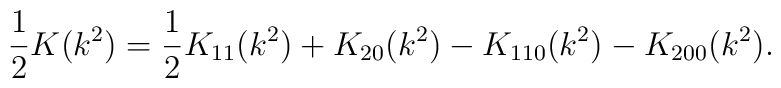
\frac{1}{2} K(k^2) = \frac{1}{2} K_{11}(k^2) + K_{20}(k^2)                       - K_{110}(k^2) - K_{200}(k^2).